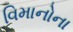
વિમાનોના